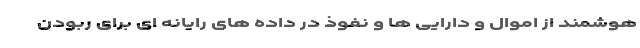
هوشمند از اموال و دارایی ها و نفوذ در داده های رایانه ای برای ربودن